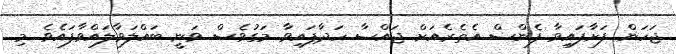
ޖަހަން ފަށާފައިވާ ފެންސް އެތެރެއަށް ޖައްސާ ހަދާފައިވާ މަގުވެސް ވަނީ ބައްލަވާލައްވާފައެވެ. މި